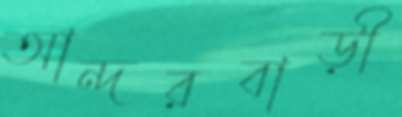
আন্দরবাড়ী